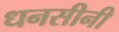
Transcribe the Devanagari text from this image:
धनसीनी